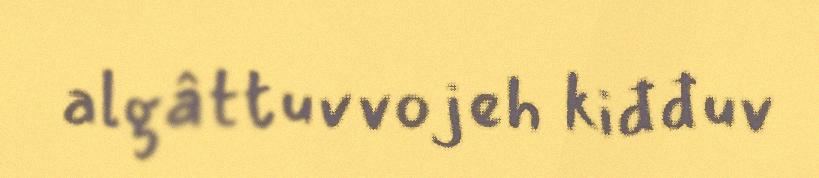
algâttuvvojeh kiđđuv